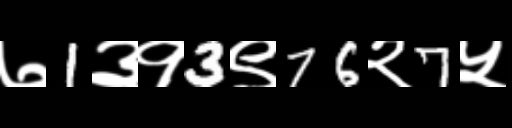
Text: ७1३१3९76२7५